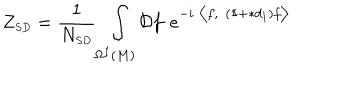
LaTeX: Z _ { \scriptscriptstyle S D } = \frac { 1 } { N _ { \scriptscriptstyle S D } } \int _ { \Omega ^ { \scriptscriptstyle 1 } ( M ) } \mathcal { D } f e ^ { - i \bigl \langle f , ( \mathrm { 1 \ m k e r n - 5 m u I \! } + \ast d _ { \scriptscriptstyle 1 } ) f \bigr \rangle }